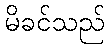
မိခင်သည်